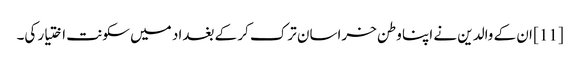
[11] ان کے والدین نے اپنا وطن خراسان ترک کر کے بغداد میں سکونت اختیار کی۔